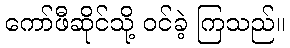
ကော်ဖီဆိုင်သို့ ဝင်ခဲ့ ကြသည်။